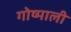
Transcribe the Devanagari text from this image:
गोष्माली